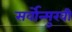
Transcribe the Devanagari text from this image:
सर्वोन्मुखी